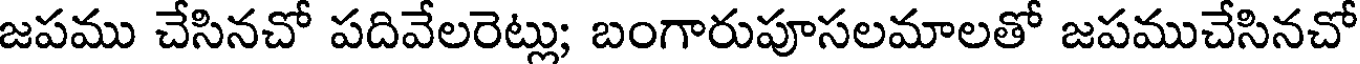
జపము చేసినచో పదివేలరెట్లు; బంగారుపూసలమాలతో జపముచేసినచో